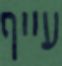
עייף